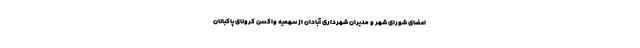
اعضای شورای شهر و مدیران شهرداری آبادان از سهمیه واکسن کرونای پاکبانان